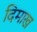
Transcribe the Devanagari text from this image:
दिमाख